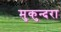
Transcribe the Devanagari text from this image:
मुकुन्दरा